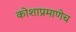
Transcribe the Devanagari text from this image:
कोशाप्रमाणेच